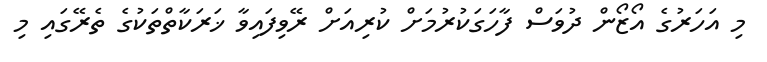
މި އަހަރުގެ އޯޒޯން ދުވަސް ފާހަގަކުރުމަށް ކުރިއަށް ރޭވިފައިވާ ޚަރަކާތްތަކުގެ ތެރޭގައި މި